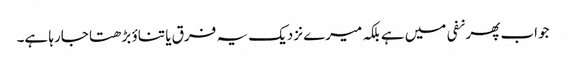
جواب پھر نفی میں ہے بلکہ میرے نزدیک یہ فرق یا تناؤ بڑھتا جارہا ہے۔